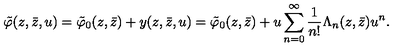
\tilde { \varphi } ( z , \bar { z } , u ) = \tilde { \varphi } _ { 0 } ( z , \bar { z } ) + y ( z , \bar { z } , u ) = \tilde { \varphi } _ { 0 } ( z , \bar { z } ) + u \sum _ { n = 0 } ^ { \infty } \frac { 1 } { n ! } \Lambda _ { n } ( z , \bar { z } ) u ^ { n } .